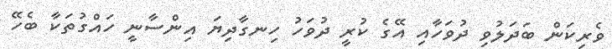
ވެރިކަން ބަދަލުވި ދުވަހާއި އޭގެ ކުރީ ދުވަހު ހިނގާދިޔަ އިންސާނީ ހައްގުތަކާ ބެހޭ